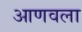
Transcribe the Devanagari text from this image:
आणवला